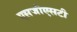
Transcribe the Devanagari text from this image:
एसजीएसटी